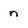
Character: n